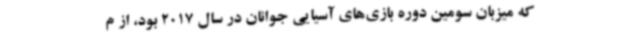
که میزبان سومین دوره بازی‌های آسیایی جوانان در سال 2017 بود، از م